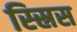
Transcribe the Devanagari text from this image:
स्स्रिस